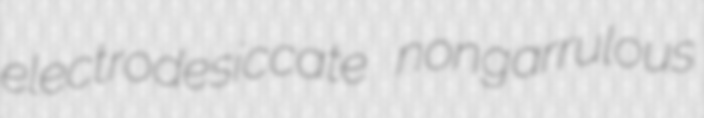
electrodesiccate nongarrulous